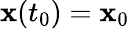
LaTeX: \mathbf{x}(t_{0})=\mathbf{x}_{0}